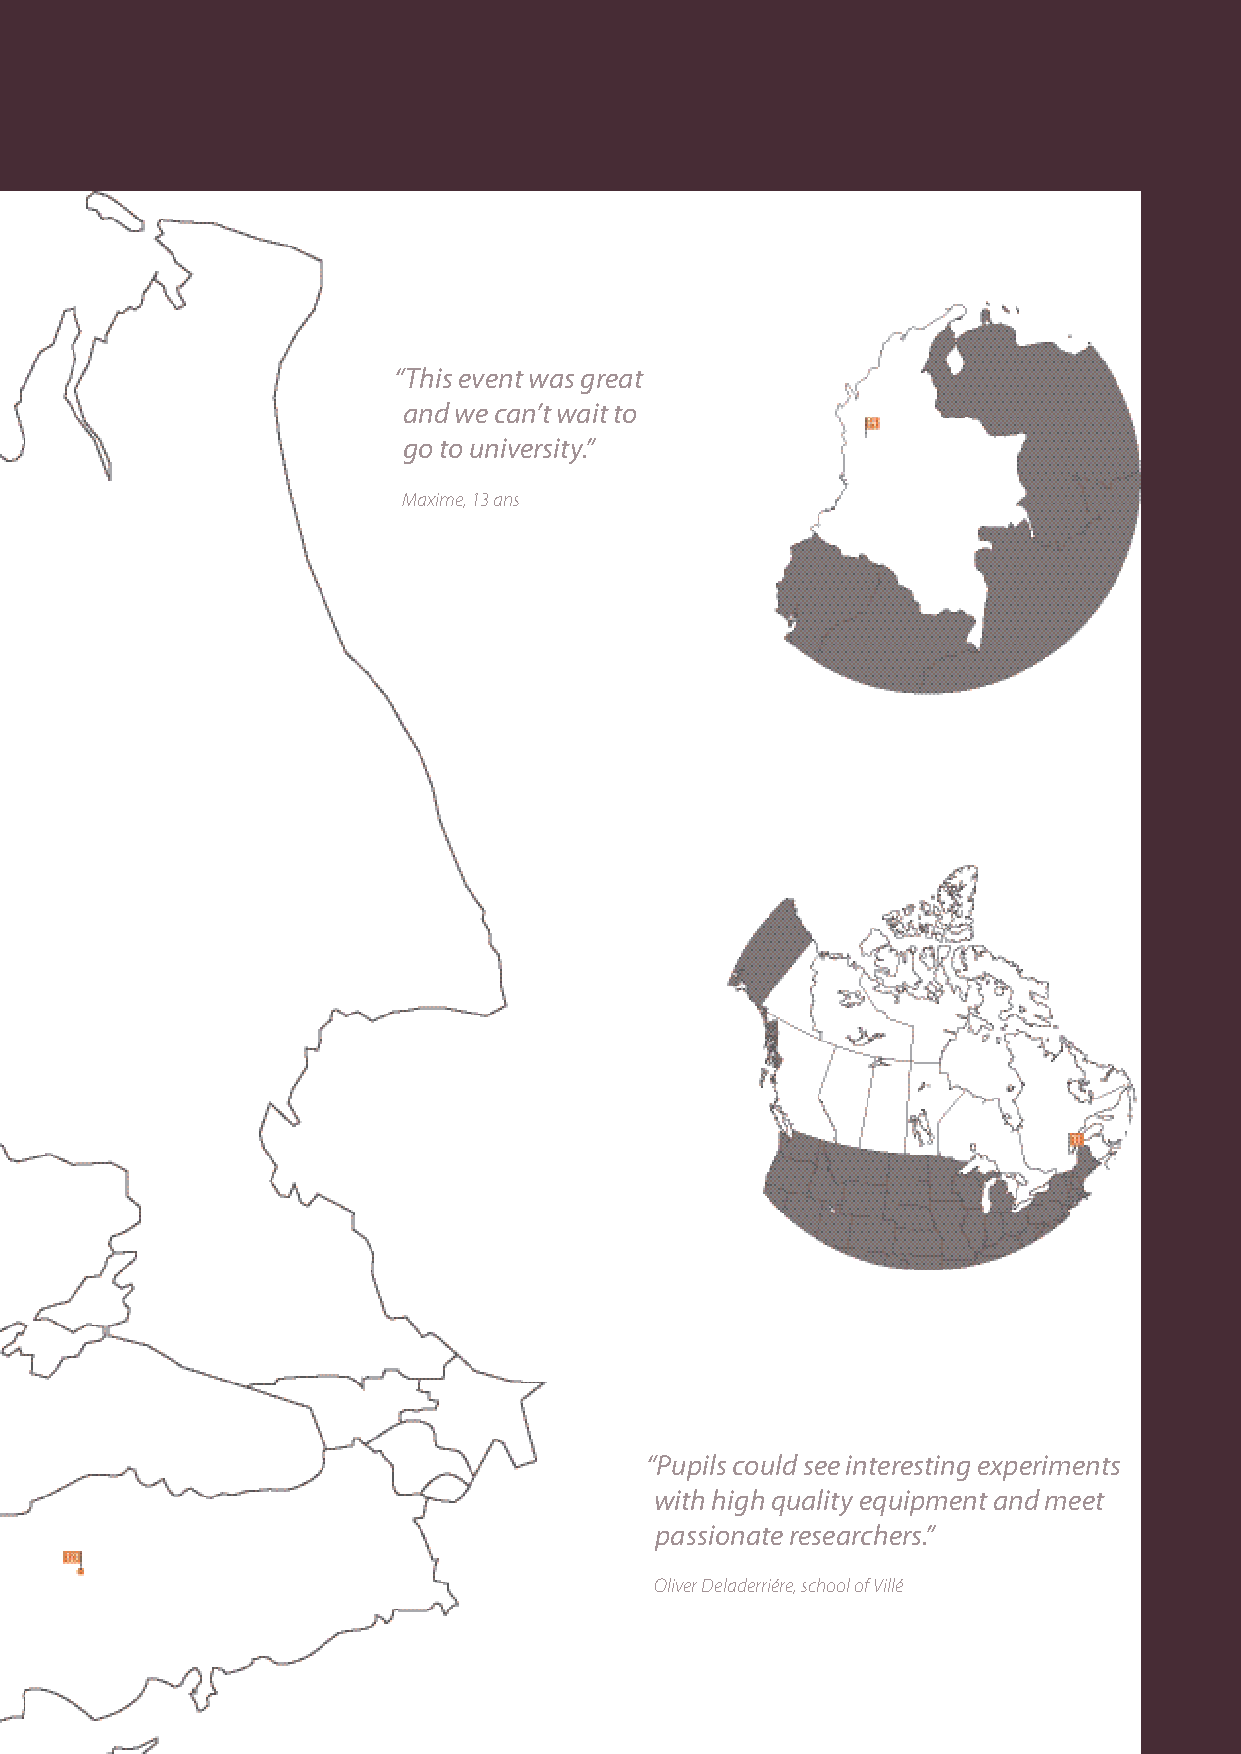
Colombia
 “This event was great
 and we can’t wait to
 go to university.”
 Maxime, 13 ans
 Canada
 “Pupils could see interesting experiments
 with high quality equipment and meet
 passionate researchers.”
 Oliver Deladerriére, school of Villé